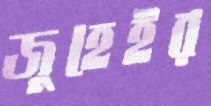
জুহেইর